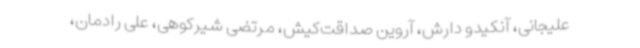
علیجانی، آنکیدو دارش، آروین صداقت‌کیش، مرتضی شیرکوهی، علی رادمان،